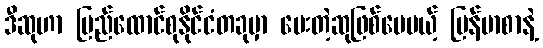
ဒီဆုဟာ ပြည်ထောင်စုနိုင်ငံတခုမှာ ပေးတဲ့ဆုဖြစ်ပေမယ့် မြန်မာစာနဲ့